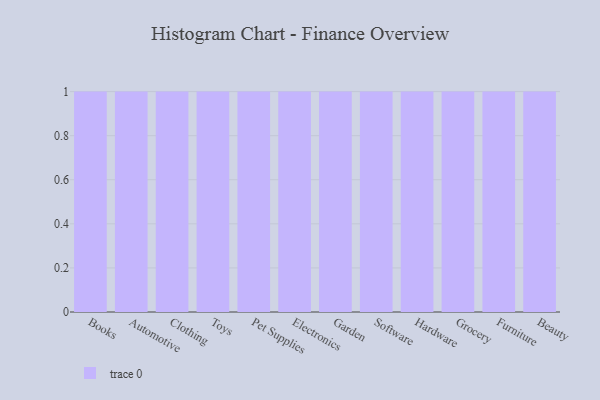
{"axis": {"x": "Category", "y": "LTV (USD)"}, "legend": [""], "data": [{"x": "Books", "y": 39, "type": ""}, {"x": "Automotive", "y": 47, "type": ""}, {"x": "Clothing", "y": 14, "type": ""}, {"x": "Toys", "y": 70, "type": ""}, {"x": "Pet Supplies", "y": 71, "type": ""}, {"x": "Electronics", "y": 80, "type": ""}, {"x": "Garden", "y": 66, "type": ""}, {"x": "Software", "y": 70, "type": ""}, {"x": "Hardware", "y": 18, "type": ""}, {"x": "Grocery", "y": 74, "type": ""}, {"x": "Furniture", "y": 10, "type": ""}, {"x": "Beauty", "y": 33, "type": ""}]}